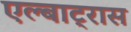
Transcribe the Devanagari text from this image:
एल्बाट्रास